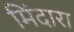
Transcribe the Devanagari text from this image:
मिंदारा